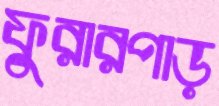
ফুরারপাড়